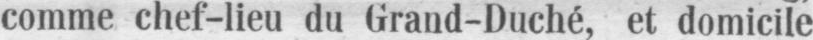
comme chef-lieu du Grand-Duché, et domicile